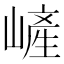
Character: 嵼